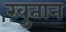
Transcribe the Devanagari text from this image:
खुतान